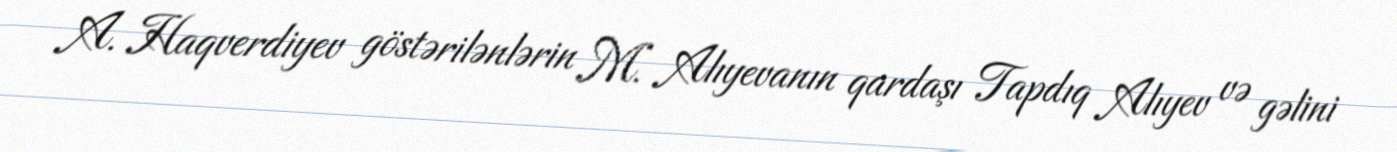
A. Haqverdiyev göstərilənlərin M. Alıyevanın qardaşı Tapdıq Alıyev və gəlini